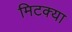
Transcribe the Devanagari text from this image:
मिटक्या